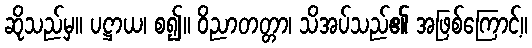
ဆိုသည်မှ။ ပဋ္ဌာယ၊ စ၍။ ဝိညာတတ္တာ၊ သိအပ်သည်၏ အဖြစ်ကြောင့်။